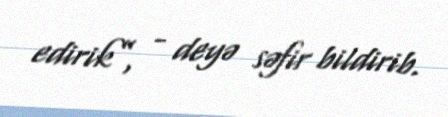
edirik”, - deyə səfir bildirib.